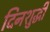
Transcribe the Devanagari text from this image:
दिनशुद्धी